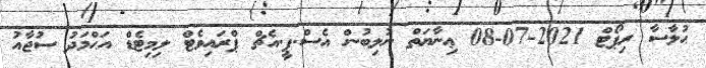
ޙުލާސާ ރިޕޯޓް 2021-07-08 ޢިނާޔަތް ނުލިބުން އެސް.ޕީ.އެޗް ޕްރައިވެޓް ލިމިޓެޑް އަޙްމަދު ސުޖާއު